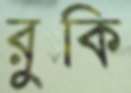
রুকি